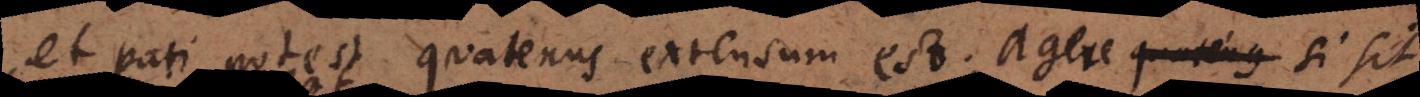
et pati potest quatenus extensum est; agere quatenu